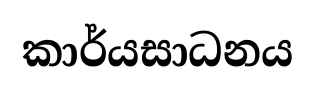
කාර්යසාධනය